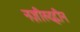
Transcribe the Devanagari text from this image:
नज़ीरुद्दीन